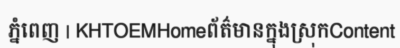
ភ្នំពេញ | KHTOEMHomeព័ត៌មានក្នុងស្រុកContent